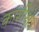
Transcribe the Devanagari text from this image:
काशीक्षेत्रं